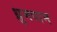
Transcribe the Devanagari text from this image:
ध्रुमपान